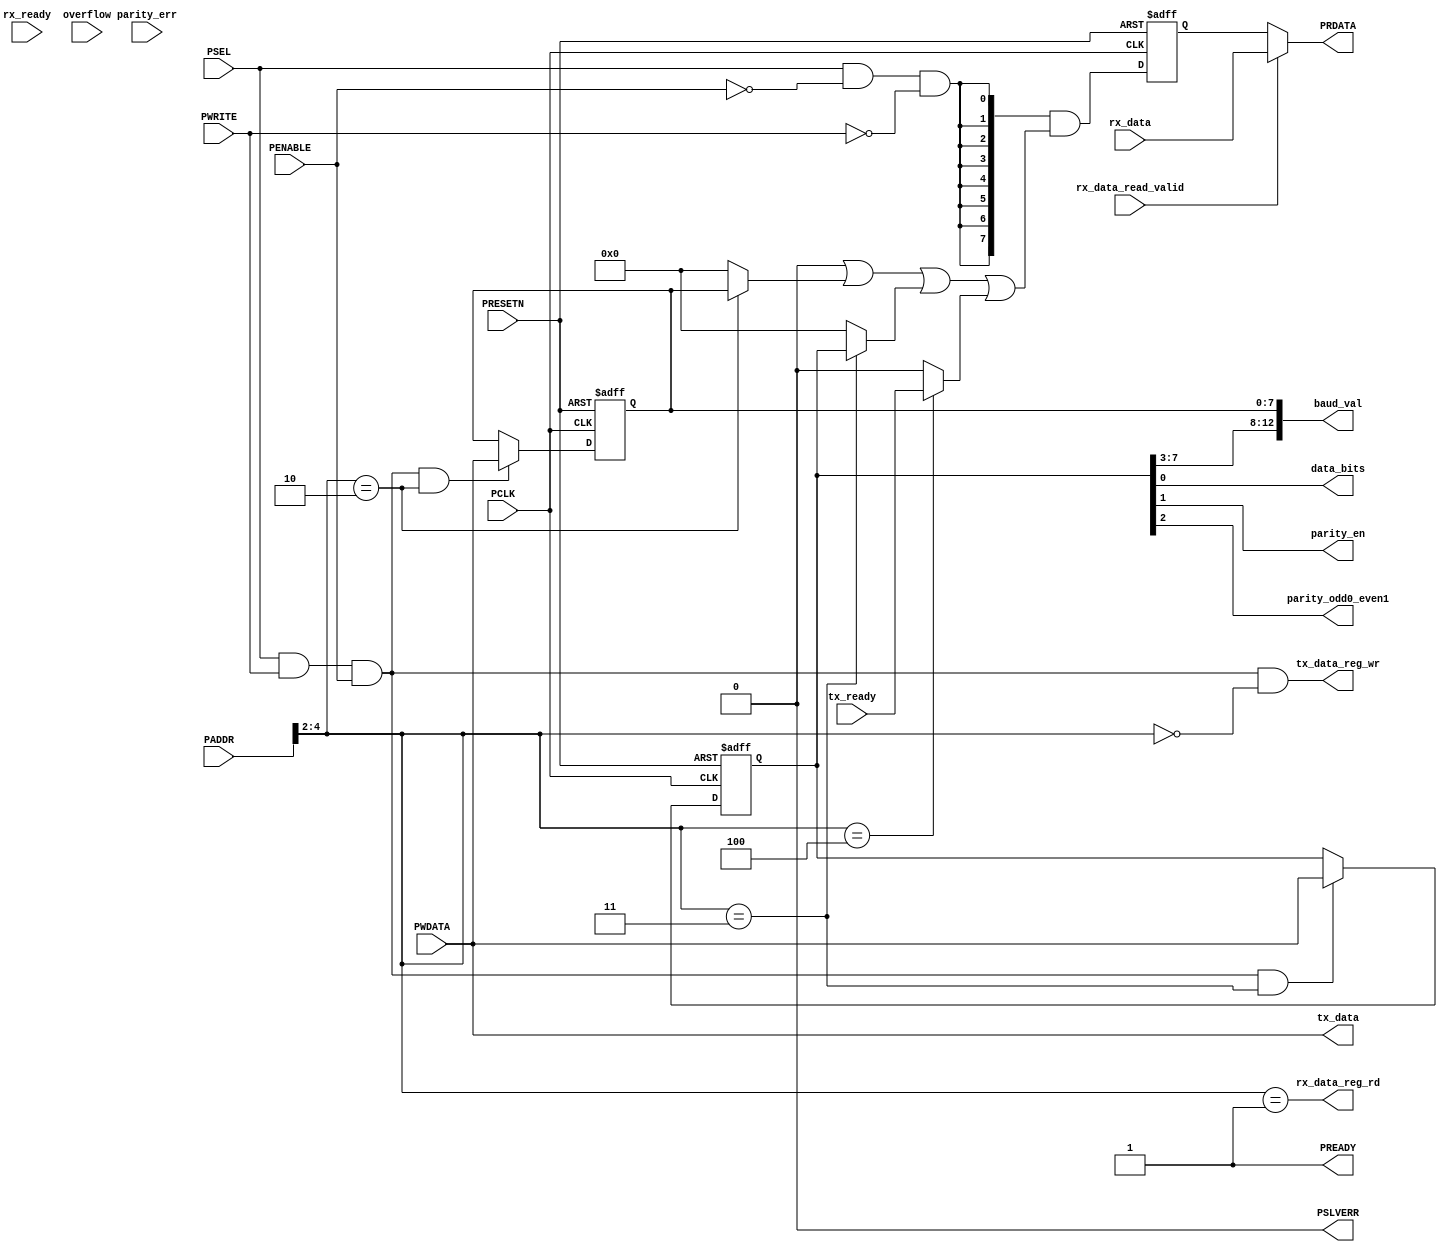
//==============================================================||
// Description: 						||
//	      		UART registers			    	|| 
// History:   		2019.04.25				||
//                      First version				||
//===============================================================

module uart_regs(
// APB signals
input  [4:0] 	PADDR,
input        	PCLK,
input        	PENABLE,
input        	PRESETN,
input        	PSEL,
input  [7:0] 	PWDATA,
input        	PWRITE,
output [7:0] 	PRDATA,
output       	PREADY,
output 		PSLVERR,
//registers 
output  	tx_data_reg_wr,
output  	rx_data_reg_rd,
output [7:0] 	tx_data,
output [12:0] 	baud_val,
output  	data_bits,
output 		parity_en,
output 		parity_odd0_even1,
input  [7:0] 	rx_data,
input        	rx_data_read_valid,
input 		rx_ready,
input 		tx_ready,
input 		parity_err,
input 		overflow
);

//------------------------------------------------------
//registers offset
//------------------------------------------------------
`define TX_DATA_REG_OFFSET 3'h0
`define RX_DATA_REG_OFFSET 3'h1
`define CONFIG1_REG_OFFSET 3'h2
`define CONFIG2_REG_OFFSET 3'h3
`define STATUS_REG_OFFSET 3'h4


//------------------------------------------------------
//signals 
//------------------------------------------------------

reg  [7:0] 	config1_reg;
reg  [7:0] 	config2_reg;

assign  tx_data = PWDATA;
assign 	baud_val = {config2_reg[7:3],config1_reg};
assign 	data_bits = config2_reg[0];
assign  parity_en = config2_reg[1];
assign  parity_odd0_even1 = config2_reg[2];


//tx_data reg(fifo) is maintained in uart_tx block
wire tx_data_reg_sel = PADDR[4:2] == `TX_DATA_REG_OFFSET;
assign tx_data_reg_wr = PSEL && PWRITE && PENABLE && tx_data_reg_sel;
wire [7:0] tx_data_read_data = 8'h0;

//rx_data reg is maintained in uart_rx block
assign rx_data_reg_rd = PADDR[4:2] == `RX_DATA_REG_OFFSET;

//config1_reg
wire config1_reg_sel = PADDR[4:2] == `CONFIG1_REG_OFFSET;
wire config1_reg_wr = PSEL && PWRITE && PENABLE && config1_reg_sel;
always@(posedge PCLK or negedge PRESETN)
begin
	if(!PRESETN)
	begin
		config1_reg <= 8'h0;
	end
	else
	begin
		if(config1_reg_wr)
		begin
			config1_reg <= PWDATA;
		end
		else
		begin
			config1_reg <= config1_reg;
		end
	end
end

wire [7:0] config1_read_data = config1_reg_sel ? config1_reg : 8'h0;

//config2_reg
wire config2_reg_sel = PADDR[4:2] == `CONFIG2_REG_OFFSET;
wire config2_reg_wr = PSEL && PWRITE && PENABLE && config2_reg_sel;
always@(posedge PCLK or negedge PRESETN)
begin
	if(!PRESETN)
	begin
		config2_reg <= 8'h0;
	end
	else
	begin
		if(config2_reg_wr)
		begin
			config2_reg <= PWDATA;
		end
		else
		begin
			config2_reg <= config2_reg;
		end
	end
end

wire [7:0] config2_read_data = config2_reg_sel ? config2_reg : 8'h0;

//status_reg
wire status_reg = {4'b0,overflow,parity_err,rx_ready,tx_ready};
wire status_reg_sel = PADDR[4:2] == `STATUS_REG_OFFSET;
wire [7:0] status_read_data = status_reg_sel ? status_reg : 8'h0;


wire valid_reg_read = PSEL && !PENABLE && !PWRITE;
wire [7:0] NxtPRDATA = {8{valid_reg_read}} & 
			(tx_data_read_data 	|
			 config1_read_data	|
			 config2_read_data	|
			 status_read_data	
			);
reg [7:0] iPRDATA;

always@(posedge PCLK or negedge PRESETN)
begin
	if(!PRESETN)
	begin
		iPRDATA <= 8'h0;
	end
	else
	begin
		iPRDATA <= NxtPRDATA;
	end
end

assign PRDATA = rx_data_read_valid ? rx_data : iPRDATA;
assign PREADY = 1'b1;
assign PSLVERR= 1'b0;

endmodule